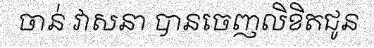
ចាន់ វាសនា បានចេញលិខិតជូន